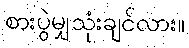
စားပွဲမျှသုံးချင်လား။